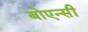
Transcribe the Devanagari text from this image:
बोएन्सी